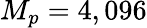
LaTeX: M_{p}=4,096